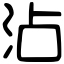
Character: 沾